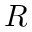
R